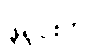
ဖူရှင်းက